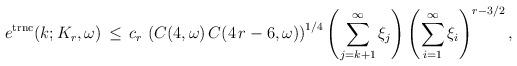
LaTeX: \begin{align*}e^{\rm trnc}(k;K_r,\omega)\,\le\,c_r\,\left(C(4,\omega)\,C(4\,r-6,\omega)\right)^{1/4}\left(\sum_{j=k+1}^\infty\xi_j\right) \left(\sum_{i=1}^\infty \xi_i\right)^{r-3/2},\end{align*}